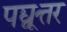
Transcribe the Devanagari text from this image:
पद्व्यूत्तर